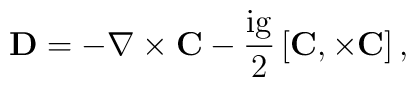
\bf D = -\nabla \times C - {\rm \frac{ig}{2}} \left[ C, \times C \right],